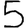
Digit: 5